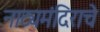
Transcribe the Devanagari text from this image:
नाट्यमंदिराचे